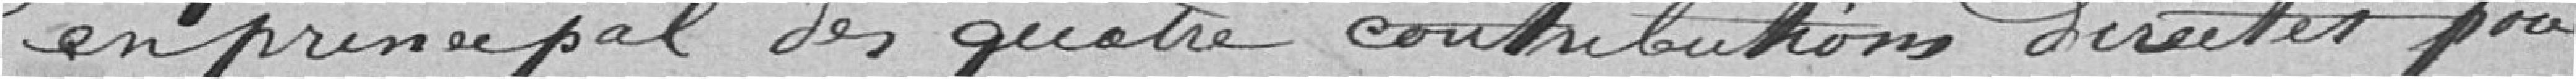
en principal des quatre contributions décrites pour